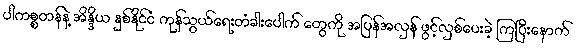
ပါကစ္စတန်နဲ့ အိန္ဒိယ နှစ်နိုင်ငံ ကုန်သွယ်ရေးတံခါးပေါက် တွေကို အပြန်အလှန် ဖွင့်လှစ်ပေးခဲ့ ကြပြီးနောက်